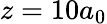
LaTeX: z=10a_{0}